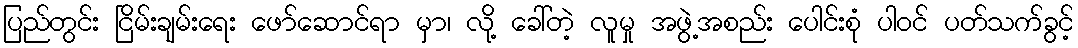
ပြည်တွင်း ငြိမ်းချမ်းရေး ဖော်ဆောင်ရာ မှာ၊ လို့ ခေါ်တဲ့ လူမှု အဖွဲ့အစည်း ပေါင်းစုံ ပါဝင် ပတ်သက်ခွင့်